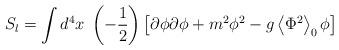
LaTeX: \begin{align*}S_l=\int d^4x\;\left( -\frac 12\right) \left[ \partial \phi \partial \phi+m^2\phi ^2-g\left\langle \Phi ^2\right\rangle _0\phi \right]\end{align*}